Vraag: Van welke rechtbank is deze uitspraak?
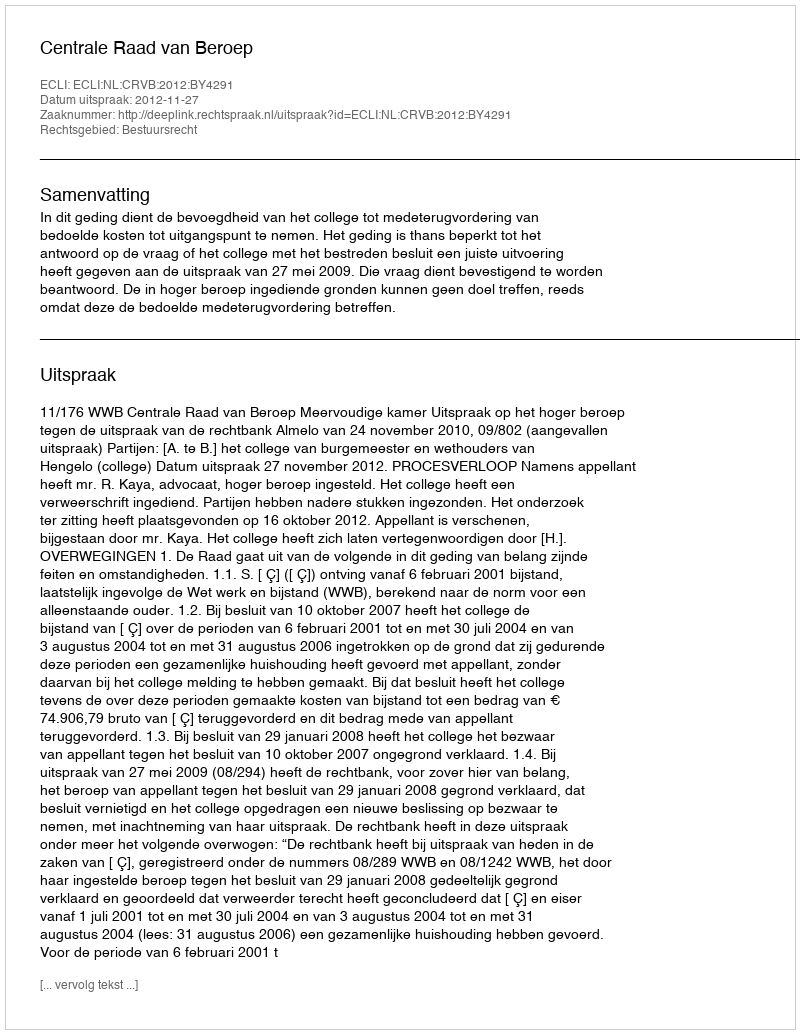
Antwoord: Centrale Raad van Beroep